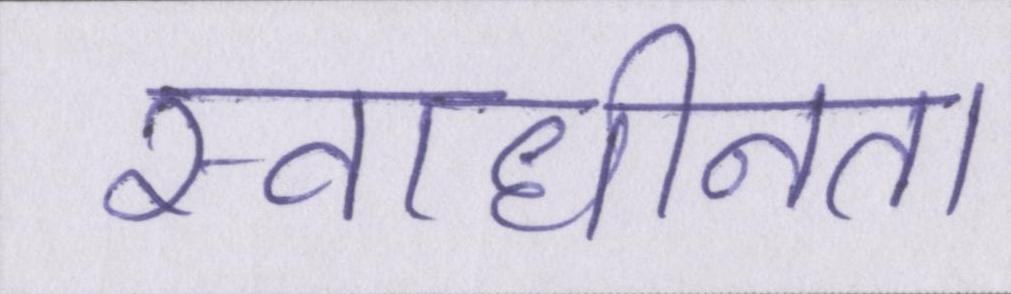
स्वाधीनता